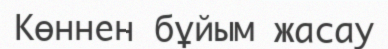
Көннен бұйым жасау